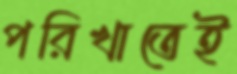
পরিখাতেই